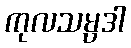
ကုလသမ္ပဒါ